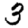
Digit: 3